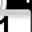
Digit: 1